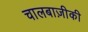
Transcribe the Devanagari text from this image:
चालबाज़ीकी